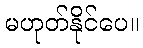
မဟုတ်နိုင်ပေ။